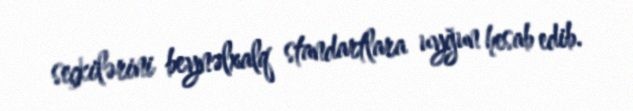
seçkilərini beynəlxalq standartlara uyğun hesab edib.